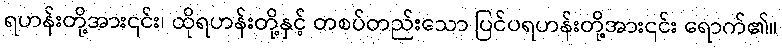
ရဟန်းတို့အား၎င်း၊ ထိုရဟန်းတို့နှင့် တစပ်တည်းသော ပြင်ပရဟန်းတို့အား၎င်း ရောက်၏။